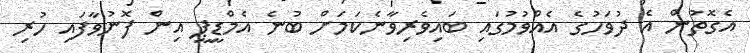
އެގޮތުން އެ ދުވަހުގެ އެއްވުމުގައި ބައިވެރިވާނެކަމަށް ބުނެ އެމްޑީޕީ އިން ފޮނުވާފައި ހުރި